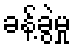
ခန့်ခွဲမှု